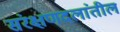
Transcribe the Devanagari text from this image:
संरक्षणदलांतील